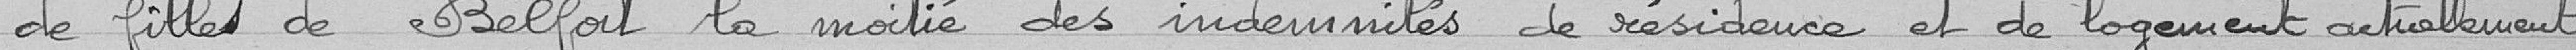
de filles de Belfort la moitié des indemnités de résidence et de logement actuellement